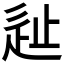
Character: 𰺵